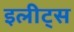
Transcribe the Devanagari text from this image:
इलीट्स